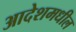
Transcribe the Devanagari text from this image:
आदेशमधील